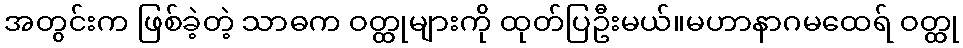
အတွင်းက ဖြစ်ခဲ့တဲ့ သာဓက ဝတ္ထုများကို ထုတ်ပြဦးမယ်။မဟာနာဂမထေရ် ဝတ္ထု